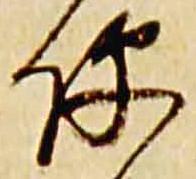
便